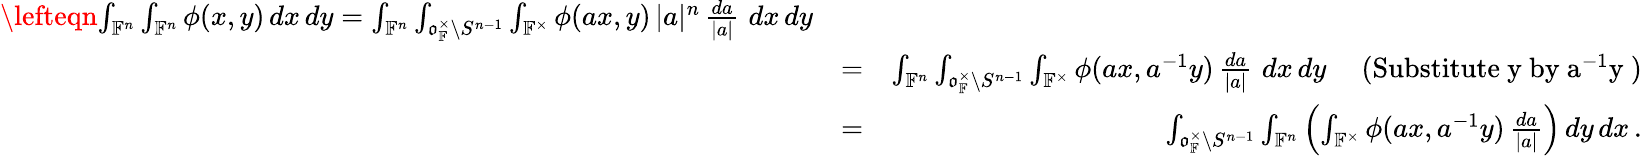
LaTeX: \begin{array}{rlr}{\lefteqn{\int_{\mathbb{F}^{n}}\int_{\mathbb{F}^{n}}\phi(x,y)\, dx\, dy=\int_{\mathbb{F}^{n}}\int_{\mathfrak o_{\mathbb{F}}^{\times}\backslash S^{n-1}}\int_{\mathbb{F}^{\times}}\phi(ax,y)\, |a|^{n}\, \frac{da}{|a|}\, \, dx\, dy}}\\ &{=}&{\int_{\mathbb{F}^{n}}\int_{\mathfrak o_{\mathbb{F}}^{\times}\backslash S^{n-1}}\int_{\mathbb{F}^{\times}}\phi(ax,a^{-1}y)\, \frac{da}{|a|}\, \, dx\, dy\quad\mathrm{~(Substitute~y~by~a^{-1}y~)}}\\ &{=}&{\int_{\mathfrak o_{\mathbb{F}}^{\times}\backslash S^{n-1}}\int_{\mathbb{F}^{n}}\left(\int_{\mathbb{F}^{\times}}\phi(ax,a^{-1}y)\, \frac{da}{|a|}\right)\, dy\, dx\, .}\end{array}